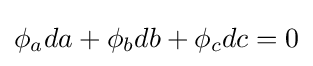
\phi _{a}da+\phi _{b}db+\phi _{c}dc=0